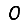
Digit: 0